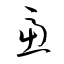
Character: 慮